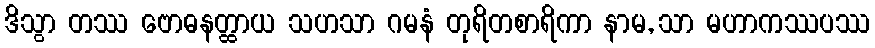
ဒိသွာ တဿ ဗောဓနတ္ထာယ သဟသာ ဂမနံ တုရိတစာရိကာ နာမ, သာ မဟာကဿပဿ